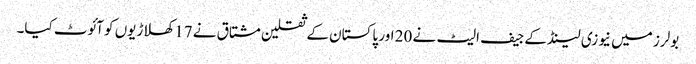
بولرز میں نیوزی لینڈ کے جیف الیٹ نے 20 اور پاکستان کے ثقلین مشتاق نے 17 کھلاڑیوں کو آئوٹ کیا۔